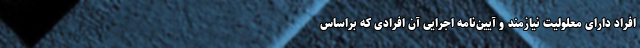
افراد دارای معلولیت نیازمند و آیین‌نامه‌ اجرایی آن افرادی که براساس